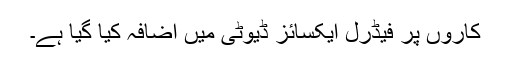
کاروں پر فیڈرل ایکسائز ڈیوٹی میں اضافہ کیا گیا ہے۔